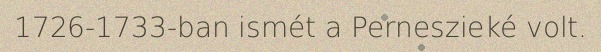
1726-1733-ban ismét a Perneszieké volt.